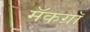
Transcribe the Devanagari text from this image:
मॅकग्रॉ